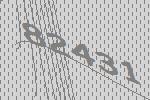
82431